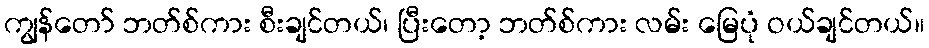
ကျွန်တော် ဘတ်စ်ကား စီးချင်တယ်၊ ပြီးတော့ ဘတ်စ်ကား လမ်း မြေပုံ ဝယ်ချင်တယ်။